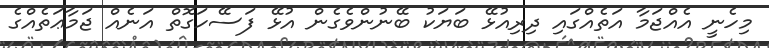
މިހެނީ އެއްޖަމާ އަތެއްގައި ދިރިއުޅޭ ބަޔަކު ބޭނުންވެގެން އުޅޭ ފަސޭހަގޮތް އަނެއް ޖަމާޢަތެއްގެ